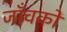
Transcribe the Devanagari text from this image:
जाँचकों